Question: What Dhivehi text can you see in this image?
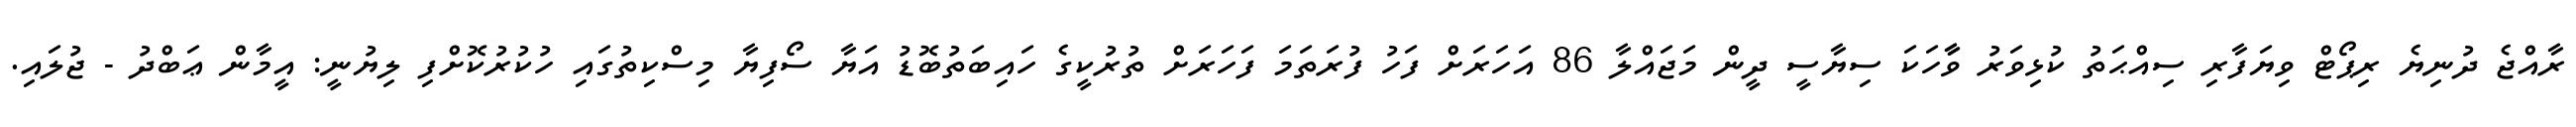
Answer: ރާއްޖެ ދުނިޔެ ރިޕޯޓް ވިޔަފާރި ސިއްޙަތު ކުޅިވަރު ވާާހަކަ ސިޔާސީ ދީން މަޖައްލާ 86 އަހަރަށް ފަހު ފުރަތަމަ ފަހަރަށް ތުރުކީގެ ހައިބަތުބޮޑު އަޔާ ސޯފިޔާ މިސްކިތުގައި ހުކުރުކޮށްފި ލިޔުނީ: އީމާން ޢަބްދު - ޖުލައި.